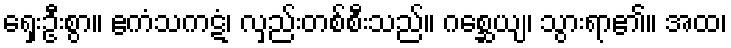
ရှေးဦးစွာ။ ဧကံသကဋံ၊ လှည်းတစ်စီးသည်။ ဂစ္ဆေယျ၊ သွားရာ၏။ အထ၊